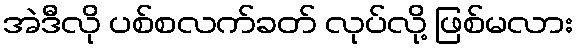
အဲဒီလို ပစ်စလက်ခတ် လုပ်လို့ ဖြစ်မလား